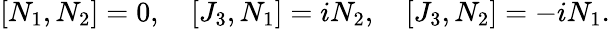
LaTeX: [N_{1},N_{2}]=0,\quad[J_{3},N_{1}]=iN_{2},\quad[J_{3},N_{2}]=-iN_{1}.